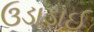
ઉડાડાઈ